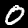
Label: 0